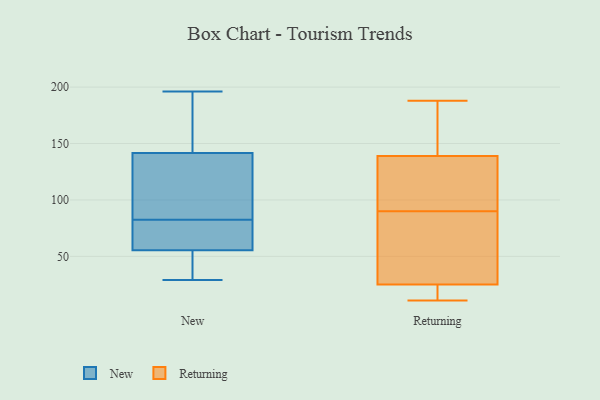
{"axis": {"x": "Gross Profit (USD K)", "y": "Value"}, "legend": ["New", "Returning"], "data": [{"x": "", "y": 81, "type": "New"}, {"x": "", "y": 166, "type": "New"}, {"x": "", "y": 87, "type": "New"}, {"x": "", "y": 56, "type": "New"}, {"x": "", "y": 100, "type": "New"}, {"x": "", "y": 56, "type": "New"}, {"x": "", "y": 138, "type": "New"}, {"x": "", "y": 29, "type": "New"}, {"x": "", "y": 110, "type": "New"}, {"x": "", "y": 58, "type": "New"}, {"x": "", "y": 49, "type": "New"}, {"x": "", "y": 145, "type": "New"}, {"x": "", "y": 55, "type": "New"}, {"x": "", "y": 153, "type": "New"}, {"x": "", "y": 196, "type": "New"}, {"x": "", "y": 84, "type": "New"}, {"x": "", "y": 55, "type": "New"}, {"x": "", "y": 166, "type": "New"}, {"x": "", "y": 39, "type": "New"}, {"x": "", "y": 76, "type": "New"}, {"x": "", "y": 11, "type": "Returning"}, {"x": "", "y": 104, "type": "Returning"}, {"x": "", "y": 107, "type": "Returning"}, {"x": "", "y": 70, "type": "Returning"}, {"x": "", "y": 185, "type": "Returning"}, {"x": "", "y": 25, "type": "Returning"}, {"x": "", "y": 42, "type": "Returning"}, {"x": "", "y": 23, "type": "Returning"}, {"x": "", "y": 188, "type": "Returning"}, {"x": "", "y": 142, "type": "Returning"}, {"x": "", "y": 123, "type": "Returning"}, {"x": "", "y": 25, "type": "Returning"}, {"x": "", "y": 139, "type": "Returning"}, {"x": "", "y": 76, "type": "Returning"}]}